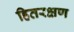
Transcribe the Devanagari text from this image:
हितरक्षण